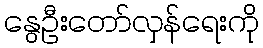
နွေဦးတော်လှန်ရေးကို